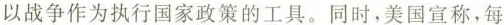
以战争作为执行国家政策的工具。同时，美国宣称，每